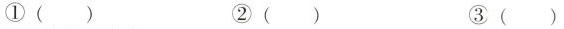
①（ ）②（ ）③（ ）